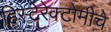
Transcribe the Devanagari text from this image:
हिस्टेरेक्टोमीचे